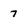
Character: 7